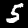
Label: 5